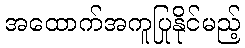
အထောက်အကူပြုနိုင်မည့်